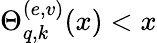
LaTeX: \Theta_{q,k}^{(e,v)}(x)<x